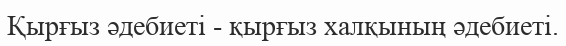
Қырғыз әдебиеті - қырғыз халқының әдебиеті.